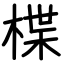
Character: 楪